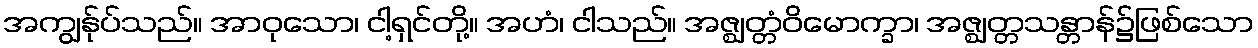
အကျွန်ုပ်သည်။ အာဝုသော၊ ငါ့ရှင်တို့။ အဟံ၊ ငါသည်။ အဇ္ဈတ္တံဝိမောက္ခာ၊ အဇ္ဈတ္တသန္တာန်၌ဖြစ်သော